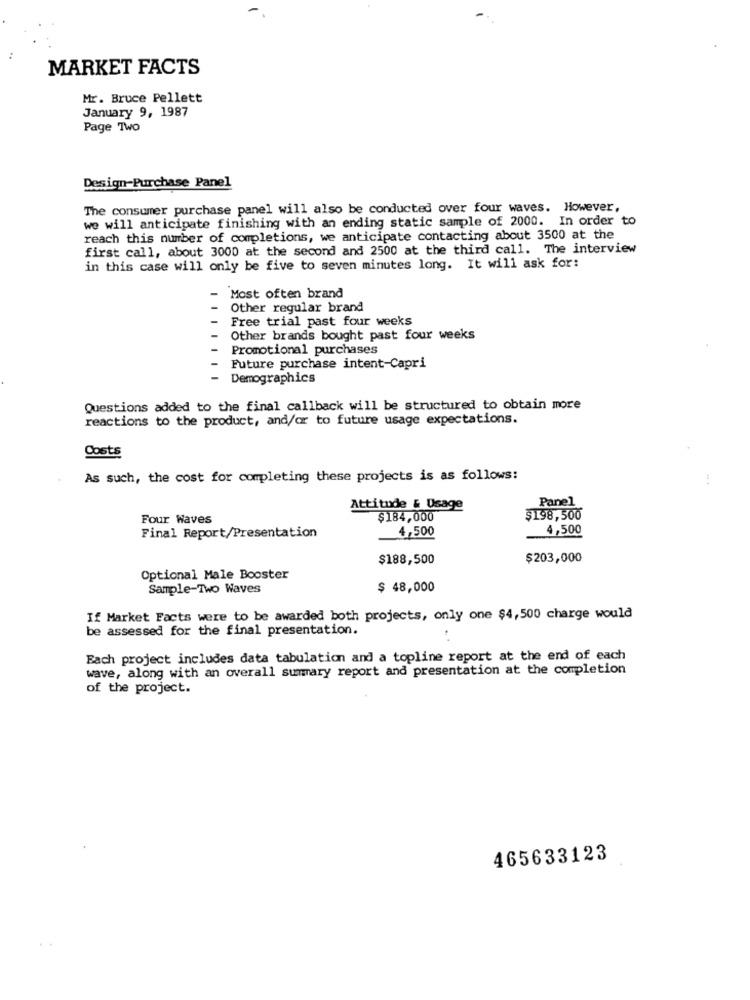
MARKET FACTS
Mr. Bruce Pellett
January 9, 1987
Page TWO
Design-Purchase Panel
The consumer purchase panel will also be conducted over four waves. However,
we will anticipate finishing with an ending static sample of 2000. In order to
reach this number of completions, we anticipate contacting about 3500 at the
first call, about 3000 at the second and 2500 at the third call. The interview
in this case will only be five to seven minutes long. It will ask for:
Most often brand
Other regular brand
Free trial past four weeks
Other brands bought past four weeks
Promotional purchases
Future purchase intent-Capri
- Demographics
Questions added to the final callback will be structured to obtain more
reactions to the product, and/or to future usage expectations.
Costs
As such, the cost for completing these projects is as follows:
:
Panel
Attitude & Usage
Four Waves
$184,000
$198,500
4,500
4,500
Final Report/Presentation
$188,500
$203,000
Optional Male Booster
Sample-Two Waves
$ 48,000
If Market Facts were to be awarded both projects, only one $4,500 charge would
be assessed for the final presentation.
Each project includes data tabulation and a topline report at the end of each
wave, along with an overall summary report and presentation at the completion
of the project.
465633123